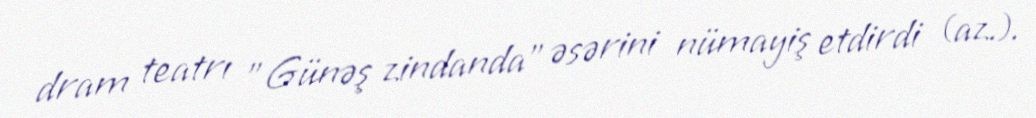
dram teatrı "Günəş zindanda" əsərini nümayiş etdirdi (az.).